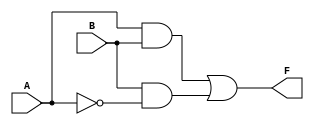
module two_variable_kmap (
    input wire A,  // 1-bit input A
    input wire B,  // 1-bit input B
    output wire F  // 1-bit output F
);

// Define the output logic based on the K-map
// Example: If F(0,1) and F(1,1) are 1, then F = B
assign F = (A & B) | (B & ~A); // Modify this line based on your K-map logic

endmodule